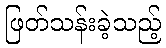
ဖြတ်သန်းခဲ့သည့်